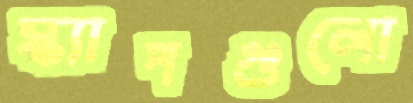
স্ক্যাপগুলো